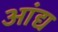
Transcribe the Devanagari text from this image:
आंद्य